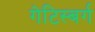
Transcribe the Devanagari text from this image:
गेटिस्बर्ग